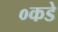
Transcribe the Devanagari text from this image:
०कडे